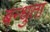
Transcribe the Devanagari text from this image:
बन्धुता